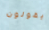
ويقولون